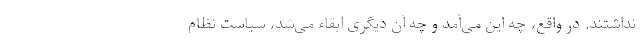
نداشتند. در واقع، چه این می‌آمد و چه آن دیگری ابقاء می‌شد، سیاست نظام